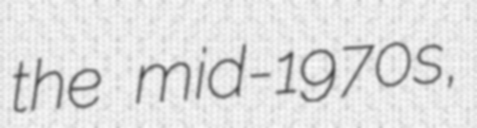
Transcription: the mid-1970s,